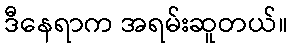
ဒီနေရာက အရမ်းဆူတယ်။